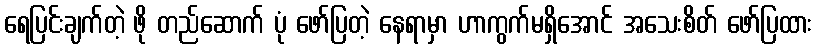
ရေပြင်းချက်တဲ့ ဖို တည်ဆောက် ပုံ ဖော်ပြတဲ့ နေရာမှာ ဟာကွက်မရှိအောင် အသေးစိတ် ဖော်ပြထား